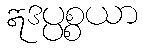
ဣဒပ္ပစ္စယာ